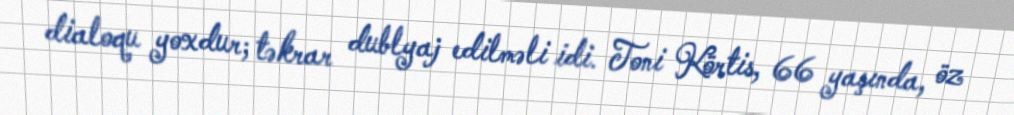
dialoqu yoxdur; təkrar dublyaj edilməli idi. Toni Körtis, 66 yaşında, öz